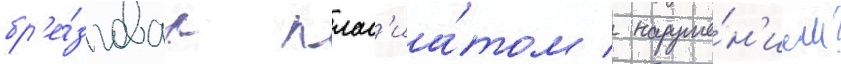
бр'е́зговал плаг'иа́том / наруше́н'ием